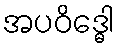
အပဝိဒ္ဓေါ